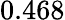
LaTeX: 0.468